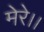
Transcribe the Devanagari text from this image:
मेरे।।